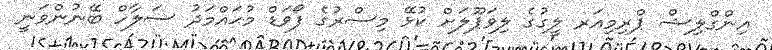
އިންގްލިޝް ޕްރިމިއަރ ލީގުގެ ލިވަޕޫލަށް ކުޅޭ މިސްރުގެ ފޯވަޑް މުޙައްމަދު ސަލާހް ބޭނުންވަނީ